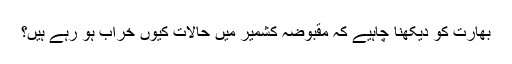
بھارت کو دیکھنا چاہیے کہ مقبوضہ کشمیر میں حالات کیوں خراب ہو رہے ہیں؟